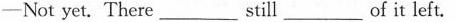
——Not yet. There___still ___of it left.